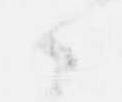
候